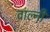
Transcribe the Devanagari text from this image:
वाल्नी